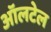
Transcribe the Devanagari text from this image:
ऑलटेल